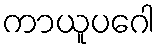
ကာယူပဂေါ